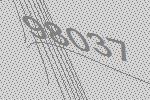
98037